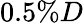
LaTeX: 0.5\% D